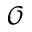
\mathcal { O }